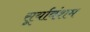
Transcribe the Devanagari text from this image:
सूर्यावंशम